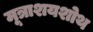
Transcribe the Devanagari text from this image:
मूत्राशयशोथ